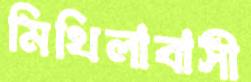
মিথিলাবাসী